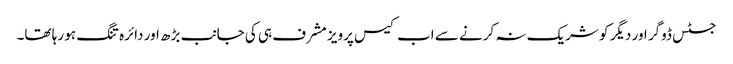
جسٹس ڈوگر اور دیگر کو شریک نہ کرنے سے اب کیس پرویز مشرف ہی کی جانب بڑھ اور دائرہ تنگ ہو رہا تھا۔